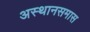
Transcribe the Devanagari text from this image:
अस्थानसमास